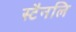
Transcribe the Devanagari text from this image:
स्टैनलि